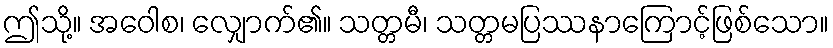
ဤသို့။ အဝေါစ၊ လျှောက်၏။ သတ္တမီ၊ သတ္တမပြဿနာကြောင့်ဖြစ်သော။